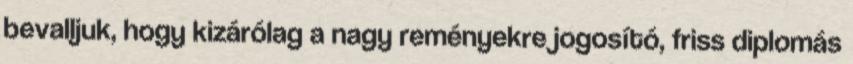
bevalljuk, hogy kizárólag a nagy reményekre jogosító, friss diplomás